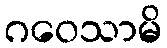
ဂဝေသာမိ